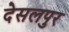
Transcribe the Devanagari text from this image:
देसलपुर